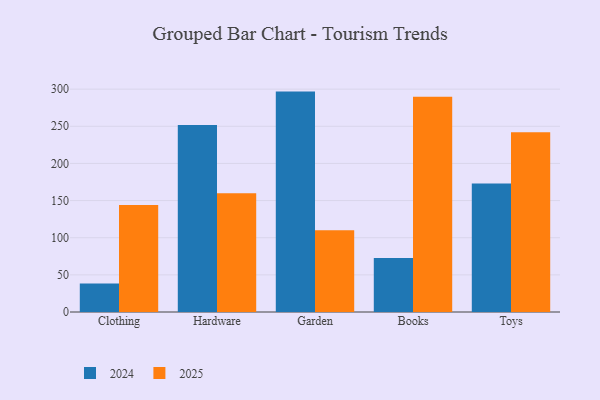
{"axis": {"x": "Category", "y": "Active Users"}, "legend": ["2024", "2025"], "data": [{"x": "Clothing", "y": 38.3, "type": "2024"}, {"x": "Clothing", "y": 143.9, "type": "2025"}, {"x": "Hardware", "y": 251.6, "type": "2024"}, {"x": "Hardware", "y": 159.7, "type": "2025"}, {"x": "Garden", "y": 296.7, "type": "2024"}, {"x": "Garden", "y": 110.1, "type": "2025"}, {"x": "Books", "y": 72.8, "type": "2024"}, {"x": "Books", "y": 289.7, "type": "2025"}, {"x": "Toys", "y": 173.0, "type": "2024"}, {"x": "Toys", "y": 242.1, "type": "2025"}]}